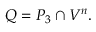
Q = P _ { 3 } \cap V ^ { n } .